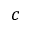
c